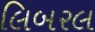
લિબરલ